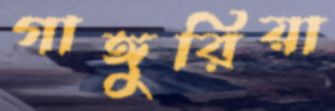
গাঙ্গুরিয়া